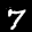
Label: 7